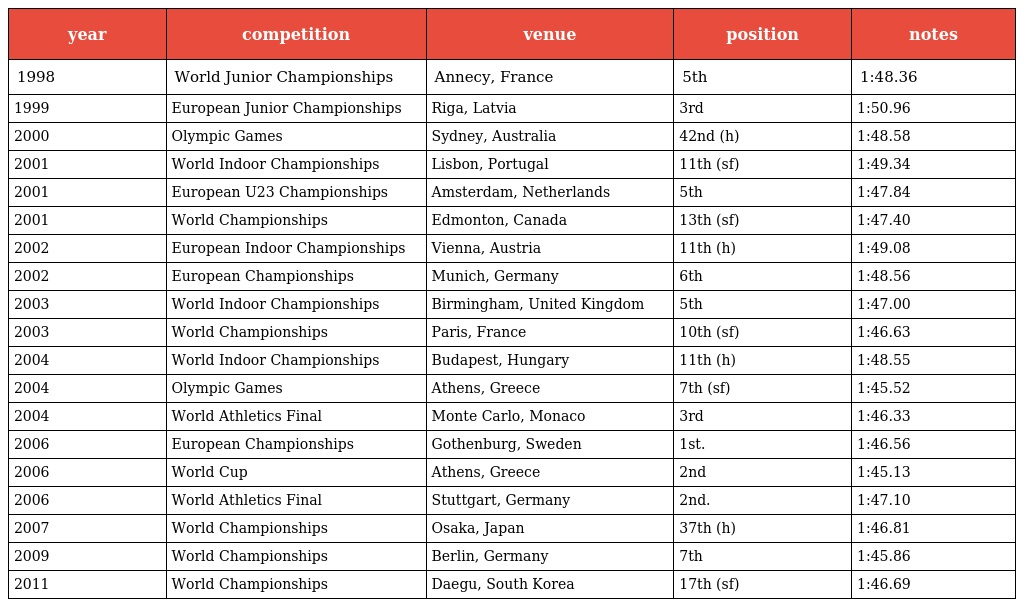
| year | competition | venue | position | notes |
 | --- | --- | --- | --- | --- |
 | 1998 | World Junior Championships | Annecy, France | 5th | 1:48.36 |
 | 1999 | European Junior Championships | Riga, Latvia | 3rd | 1:50.96 |
 | 2000 | Olympic Games | Sydney, Australia | 42nd (h) | 1:48.58 |
 | 2001 | World Indoor Championships | Lisbon, Portugal | 11th (sf) | 1:49.34 |
 | 2001 | European U23 Championships | Amsterdam, Netherlands | 5th | 1:47.84 |
 | 2001 | World Championships | Edmonton, Canada | 13th (sf) | 1:47.40 |
 | 2002 | European Indoor Championships | Vienna, Austria | 11th (h) | 1:49.08 |
 | 2002 | European Championships | Munich, Germany | 6th | 1:48.56 |
 | 2003 | World Indoor Championships | Birmingham, United Kingdom | 5th | 1:47.00 |
 | 2003 | World Championships | Paris, France | 10th (sf) | 1:46.63 |
 | 2004 | World Indoor Championships | Budapest, Hungary | 11th (h) | 1:48.55 |
 | 2004 | Olympic Games | Athens, Greece | 7th (sf) | 1:45.52 |
 | 2004 | World Athletics Final | Monte Carlo, Monaco | 3rd | 1:46.33 |
 | 2006 | European Championships | Gothenburg, Sweden | 1st. | 1:46.56 |
 | 2006 | World Cup | Athens, Greece | 2nd | 1:45.13 |
 | 2006 | World Athletics Final | Stuttgart, Germany | 2nd. | 1:47.10 |
 | 2007 | World Championships | Osaka, Japan | 37th (h) | 1:46.81 |
 | 2009 | World Championships | Berlin, Germany | 7th | 1:45.86 |
 | 2011 | World Championships | Daegu, South Korea | 17th (sf) | 1:46.69 |